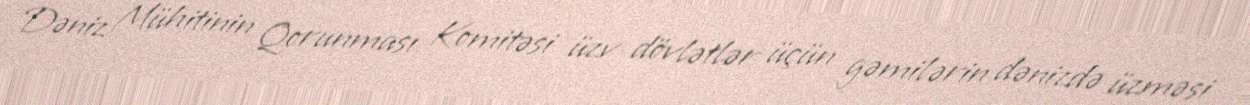
Dəniz Mühitinin Qorunması Komitəsi üzv dövlətlər üçün gəmilərin dənizdə üzməsi